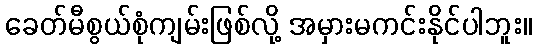
ခေတ်မီစွယ်စုံကျမ်းဖြစ်လို့ အမှားမကင်းနိုင်ပါဘူး။